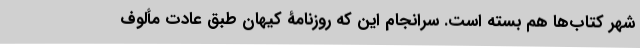
شهر کتاب‌ها هم بسته است. سرانجام این که روزنامۀ کیهان طبق عادت مألوف